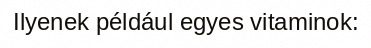
Ilyenek például egyes vitaminok: